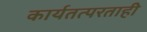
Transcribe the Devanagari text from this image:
कार्यतत्परताही